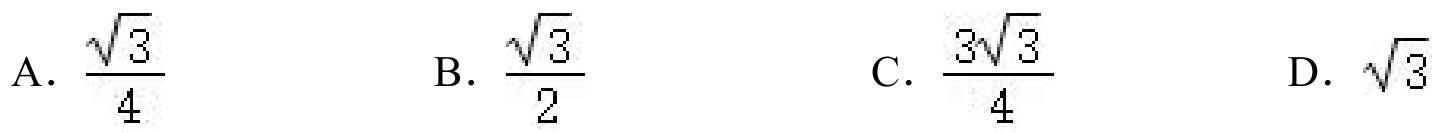
A．\(\frac{\sqrt{3}}{4}\)  B．\(\frac{\sqrt{3}}{2}\)  C．\(\frac{3\sqrt{3}}{4}\)  D．\(\sqrt{3}\)